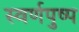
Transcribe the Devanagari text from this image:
स्वर्णपुष्प